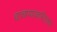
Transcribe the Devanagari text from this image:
वाचण्याकरिताचा